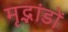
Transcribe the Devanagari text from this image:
मृद्भांडों